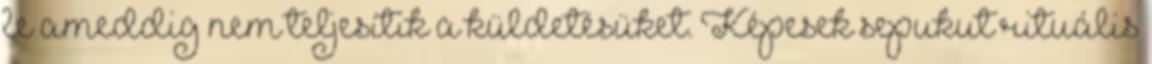
le ameddig nem teljesítik a küldetésüket. Képesek sepukut rituális